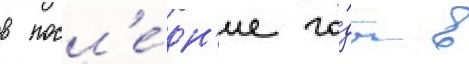
в посл'е́дн'ие го́ды в